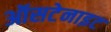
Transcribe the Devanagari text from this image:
ऑसटेनाइट